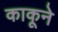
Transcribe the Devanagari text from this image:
काकूने